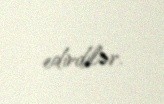
edirdilər.